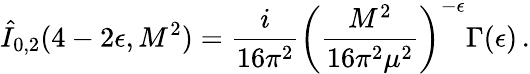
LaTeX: \hat{I}_{0,2}(4-2\epsilon,M^{2})=\frac{i}{16\pi^{2}}\left(\frac{M^{2}}{16\pi^{2}\mu^{2}}\right)^{-\epsilon}\Gamma(\epsilon)\, .